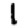
Digit: 1